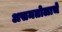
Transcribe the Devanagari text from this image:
असमतोलाचे